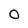
Character: O